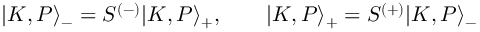
| K , P \rangle _ { - } = S ^ { ( - ) } | K , P \rangle _ { + } , \qquad | K , P \rangle _ { + } = S ^ { ( + ) } | K , P \rangle _ { - }